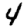
Digit: 4